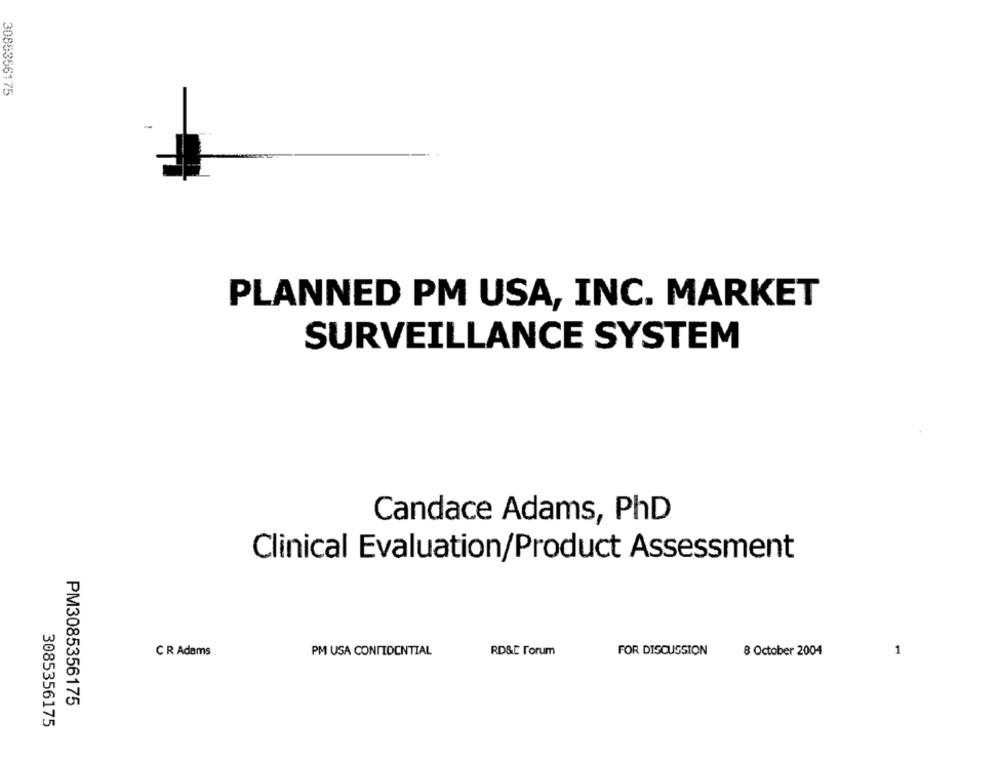
3085356175
-
PLANNED PM USA, INC. MARKET
SURVEILLANCE SYSTEM
Candace Adams, PhD
Clinical Evaluation/Product Assessment
C R Adams
PM USA CONFIDENTIAL
RD&E Forum
FOR DISCUSSION
8 October 2004
1
PM3085356175
3085356175